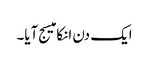
ایک دن انکا میسج آیا۔